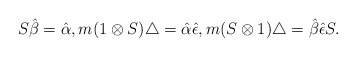
\begin{align*}{S}{\hat{\beta}}={\hat{\alpha}},m(1\otimes{S})\bigtriangleup={\hat{\alpha}}{\hat{\epsilon}},m({S}\otimes 1)\bigtriangleup={\hat{\beta}}{\hat{\epsilon}}{S}.\end{align*}